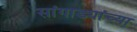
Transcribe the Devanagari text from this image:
सांगाड्यांच्या